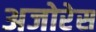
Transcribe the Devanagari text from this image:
अजोरेस